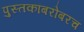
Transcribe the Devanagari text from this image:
पुस्तकांबरोबरच